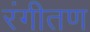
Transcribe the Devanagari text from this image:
रंगीतण